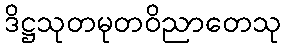
ဒိဋ္ဌသုတမုတဝိညာတေသု